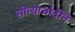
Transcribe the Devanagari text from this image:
सोन्याचांदीने